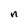
Character: n